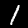
Label: 1